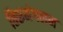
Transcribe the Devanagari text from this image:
तिरूमंगलम